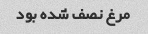
مرغ نصف شده بود